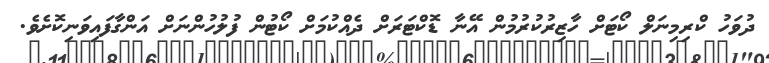
ދުވަހު ކްރިމިނަލް ކޯޓަށް ހާޒިރުކުރުމުން އޭނާ ޑޮކްޓަރަށް ދެއްކުމަށް ކޯޓުން ފުލުހުންނަށް އަންގާފައިވަނިކޮށެވެ.